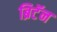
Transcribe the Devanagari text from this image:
ब्रिटॅन